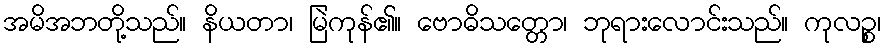
အမိအဘတို့သည်။ နိယတာ၊ မြဲကုန်၏။ ဗောဓိသတ္တော၊ ဘုရားလောင်းသည်။ ကုလဉ္စ၊